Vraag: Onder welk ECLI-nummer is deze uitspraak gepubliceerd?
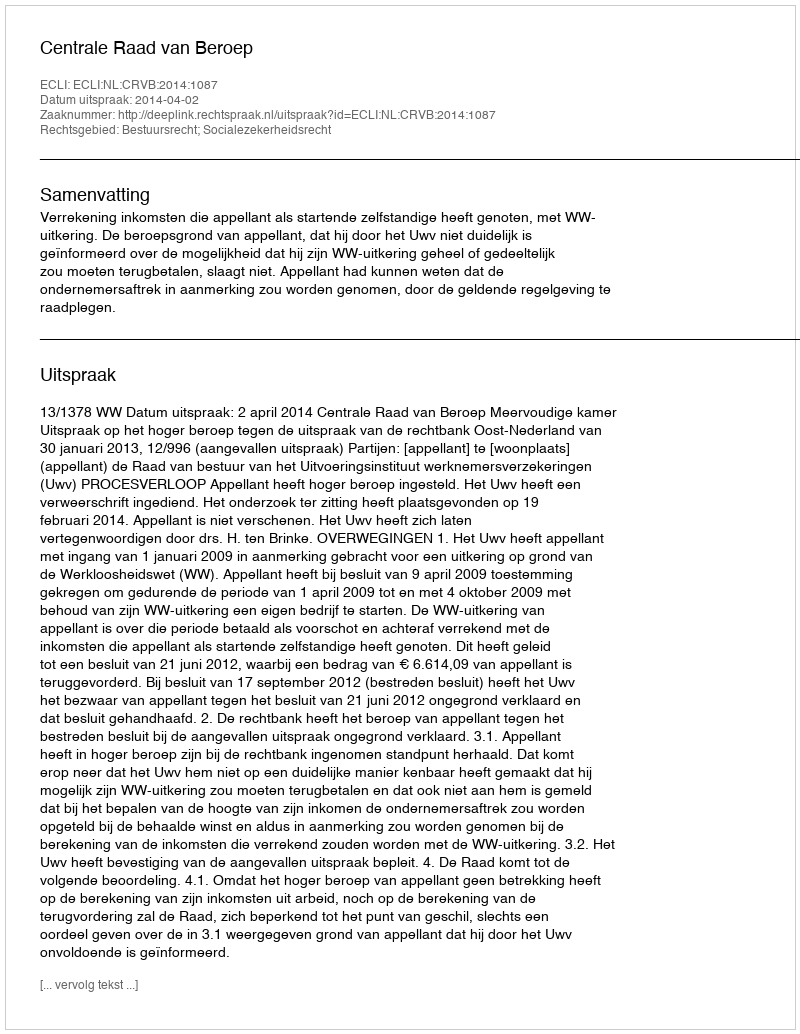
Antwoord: ECLI:NL:CRVB:2014:1087